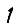
Digit: 1